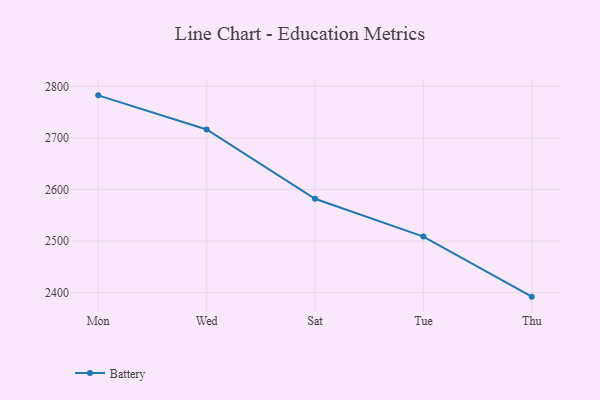
{"axis": {"x": "Day", "y": "Budget (USD K)"}, "legend": ["Battery"], "data": [{"x": "Mon", "y": 2782.5, "type": "Battery"}, {"x": "Wed", "y": 2716.4, "type": "Battery"}, {"x": "Sat", "y": 2582.0, "type": "Battery"}, {"x": "Tue", "y": 2508.7, "type": "Battery"}, {"x": "Thu", "y": 2392.2, "type": "Battery"}]}